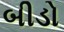
બીડો